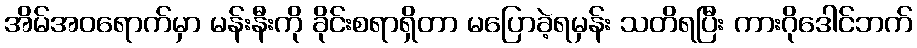
အိမ်အဝရောက်မှာ မန်းနီးကို ခိုင်းစရာရှိတာ မပြောခဲ့ရမှန်း သတိရပြီး ကားဂိုဒေါင်ဘက်